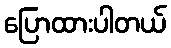
ပြောထားပါတယ်